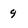
Character: q